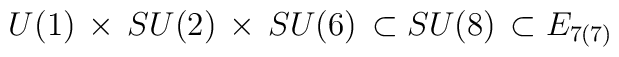
U(1) \, \times \, SU(2) \,  \times \, SU(6) \, \subset SU(8) \,\subset E_{7(7)}